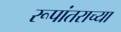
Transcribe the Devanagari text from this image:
रूपांतराच्या